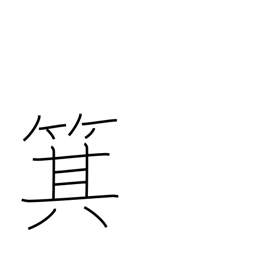
Meaning: winnowing